画像に写った文字を読んでください
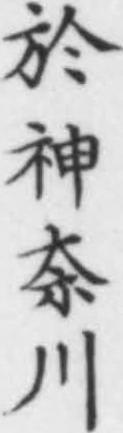
「於神奈川」と書いてあります